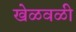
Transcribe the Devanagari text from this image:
खेळवळी